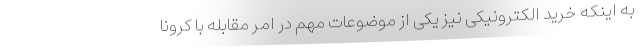
به اینکه خرید الکترونیکی نیز یکی از موضوعات مهم در امر مقابله با کرونا